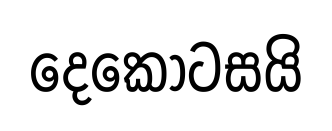
දෙකොටසයි